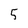
Character: 5